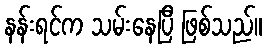
နန်းရင်က သမ်းနေပြီ ဖြစ်သည်။